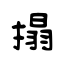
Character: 搨